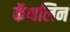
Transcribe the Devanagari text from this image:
कॅथलिन